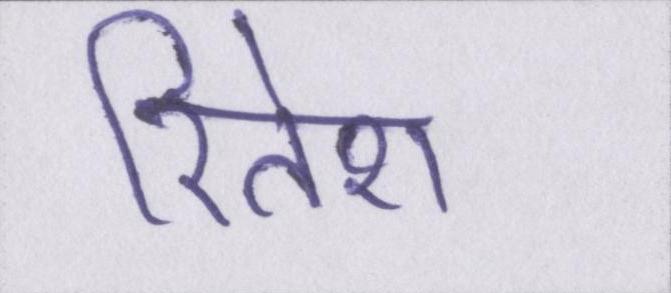
रितेश